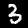
Digit: 3